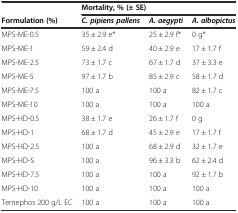
|  | <COLSPAN=3> Mortality, % (± SE) |
 | Formulation (%) | C. pipiens pallens | A. aegypti | A. albopictus |
 | --- | --- | --- | --- |
 | MPS-ME-0.5 | 35 ± 2.9 e* | 25 ± 2.9 f* | 0 g* |
 | MPS-ME-1 | 59 ± 2.4 d | 40 ± 2.9 e | 17 ± 1.7 f |
 | MPS-ME-2.5 | 73 ± 1.7 c | 67 ± 1.7 d | 37 ± 3.3 e |
 | MPS-ME-5 | 97 ± 1.7 b | 85 ± 2.9 c | 58 ± 1.7 d |
 | MPS-ME-7.5 | 100 a | 100 a | 82 ± 1.7 c |
 | MPS-ME-10 | 100 a | 100 a | 100 a |
 | MPS-HD-0.5 | 38 ± 1.7 e | 26 ± 1.7 f | 0 g |
 | MPS-HD-1 | 68 ± 1.7 d | 45 ± 2.9 e | 17 ± 1.7 f |
 | MPS-HD-2.5 | 100 a | 68 ± 2.9 d | 32 ± 1.7 e |
 | MPS-HD-5 | 100 a | 96 ± 3.3 b | 62 ± 2.4 d |
 | MPS-HD-7.5 | 100 a | 100 a | 92 ± 1.7 b |
 | MPS-HD-10 | 100 a | 100 a | 100 a |
 | Temephos 200 g/L EC | 100 a | 100 a | 100 a |